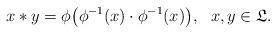
LaTeX: \begin{align*} x*y=\phi\big(\phi^{-1}(x)\cdot\phi^{-1}(x)\big),\ \ x,y\in{\mathfrak L}. \end{align*}